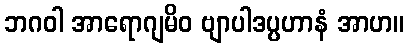
ဘဂဝါ အာရောဂျမိဝ ဗျာပါဒပ္ပဟာနံ အာဟ။